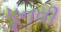
પૂનવી